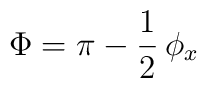
\Phi =  \pi - \frac{1}{2} \, \phi_x